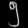
Digit: ၅